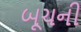
બૂચની